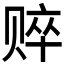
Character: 𰷤